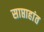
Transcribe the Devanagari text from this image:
साप्ताहांत